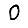
Digit: 0